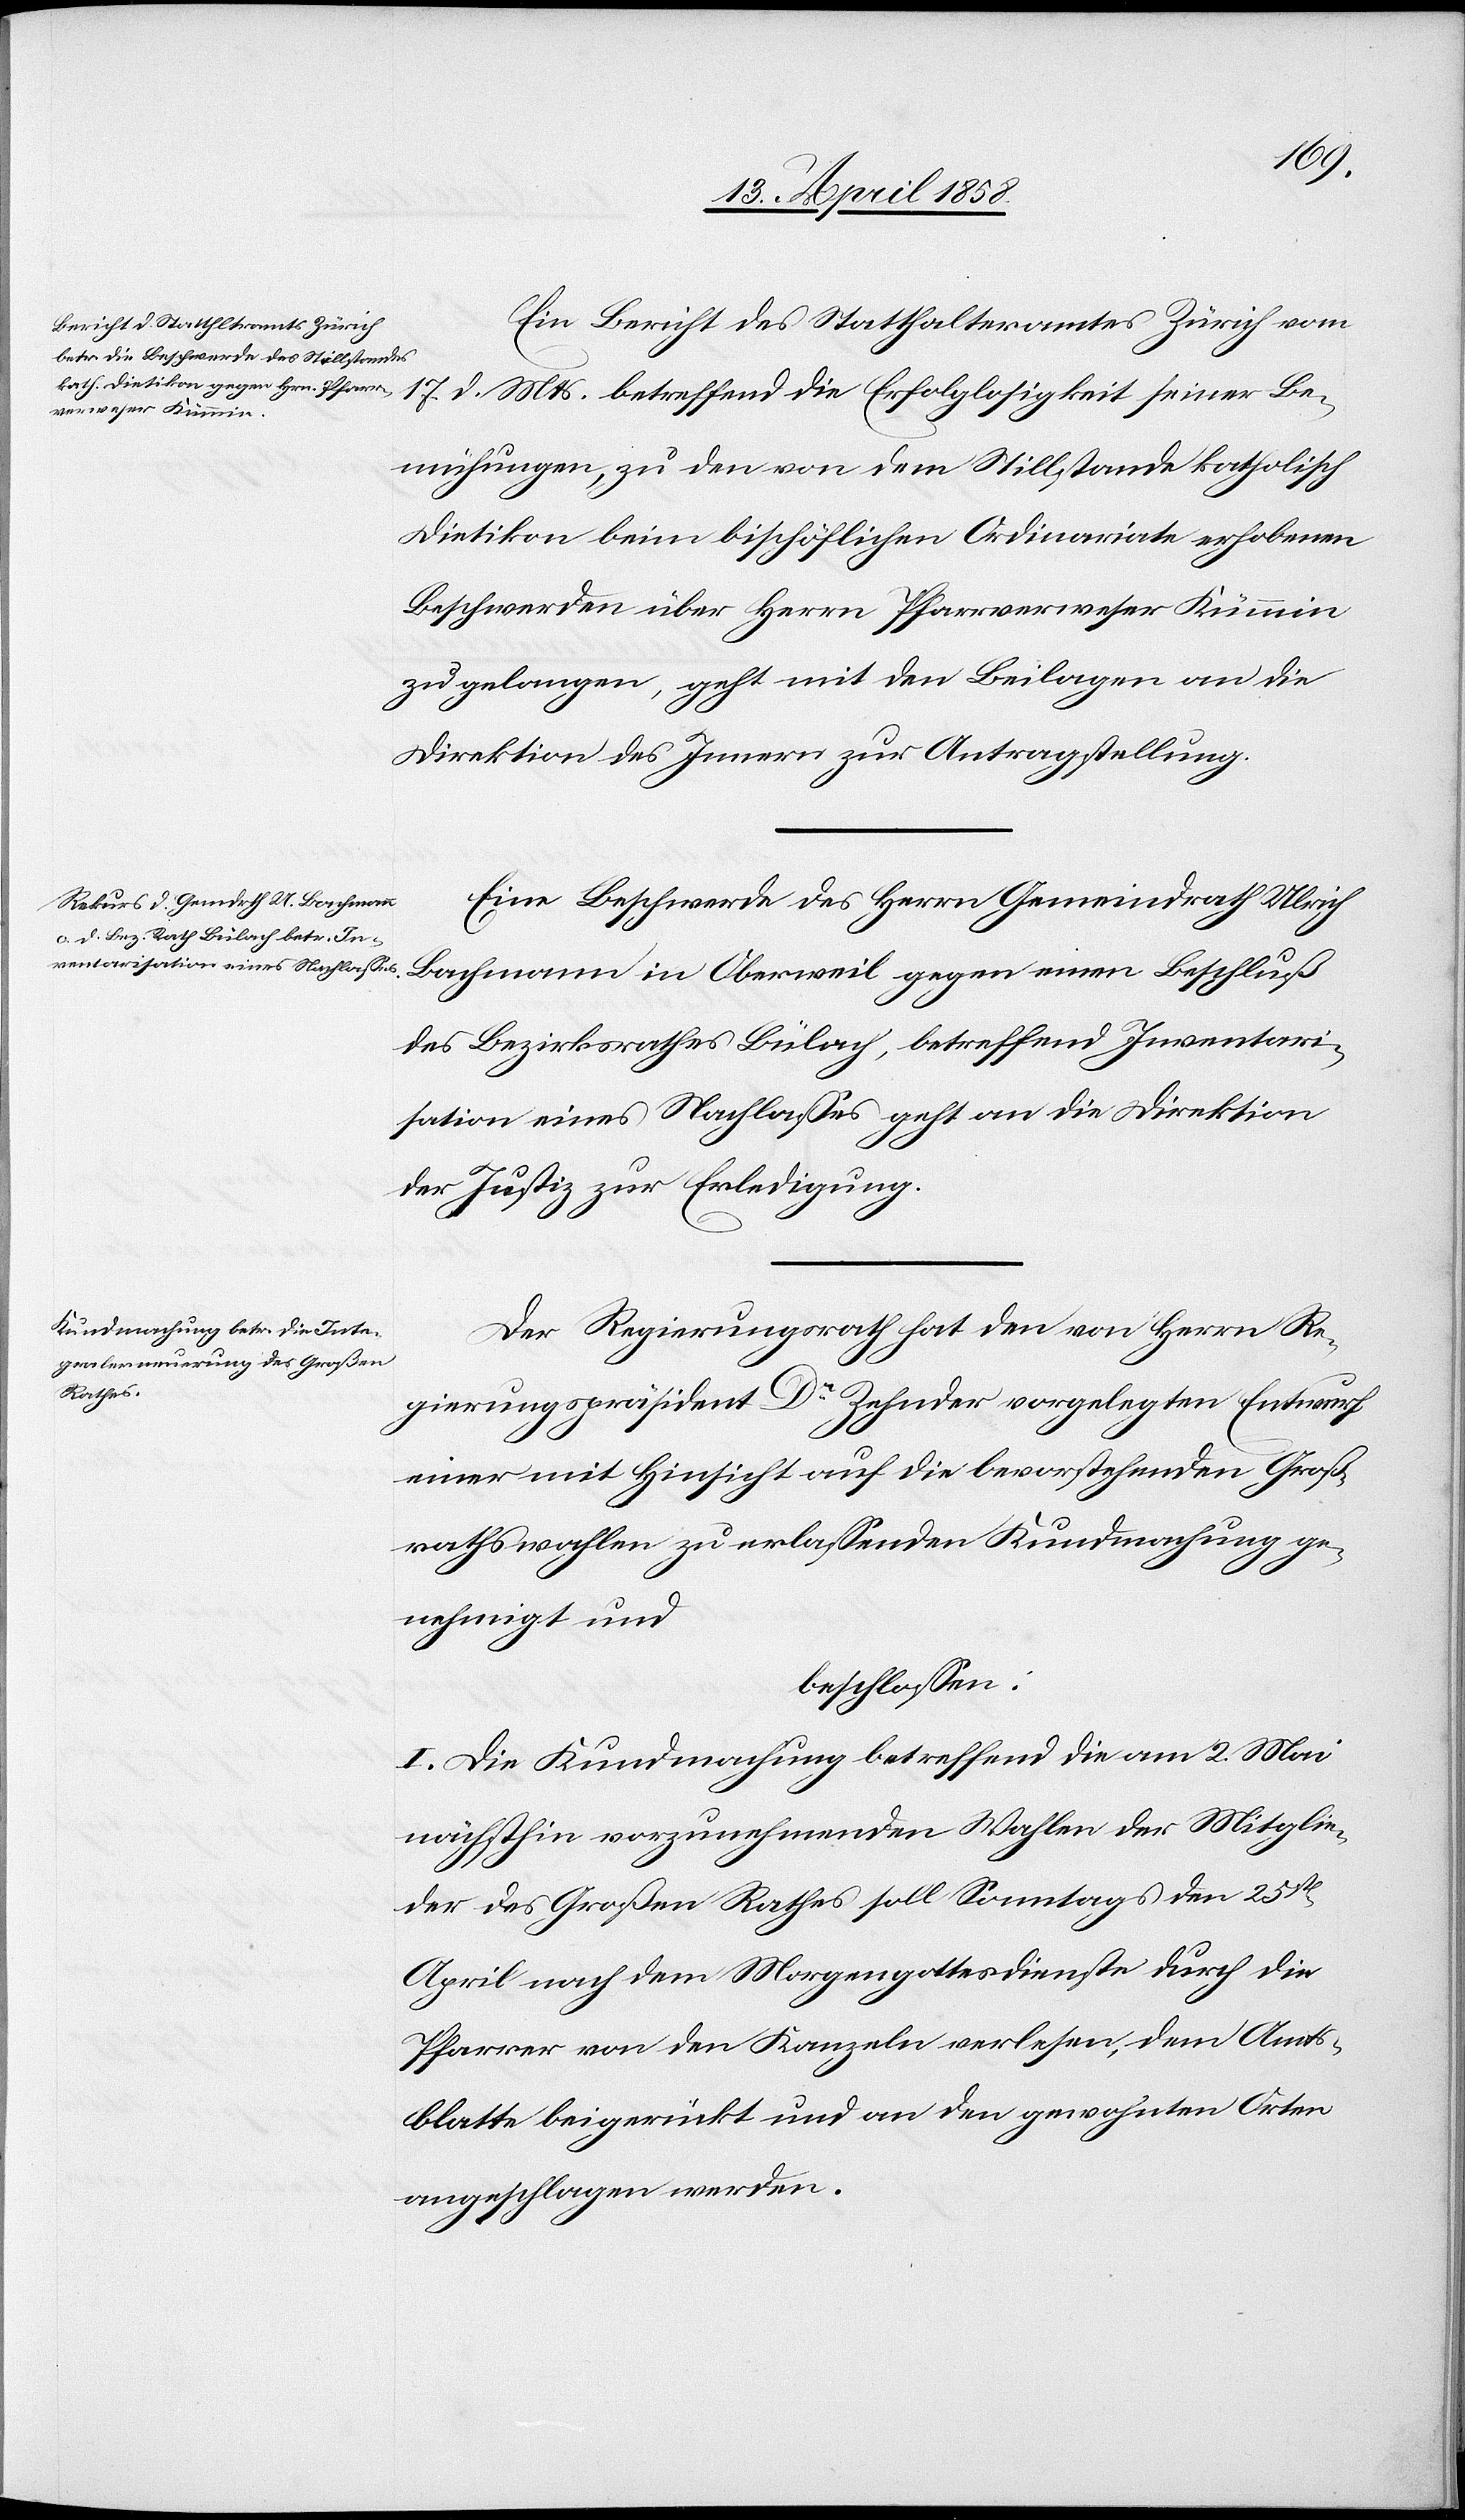
19. April 1858.]
Ein Bericht des Statthalteramtes Zürich vom
17. d. Mts. betreffend die Erfolglosigkeit seiner Be¬
mühungen, zu den von dem Stillstande katholisch
Dietikon beim bischöflichen Ordinariate erhobenen
Beschwerden über Herrn Pfarrverweser Kümmin
zu gelangen, geht mit den Beilagen an die
Direktion des Innern zur Antragstellung.
Eine Beschwerde des Herrn Gemeindrath Ulrich
Bachmann in Oberweil gegen einen Beschluß
des Bezirksrathes Bülach, betreffend Inventari¬
sation eines Nachlasses geht an die Direktion
der Justiz zur Erledigung.
Der Regierungsrath hat den von Herrn Re¬
gierungspräsident Dr Zehnder vorgelegten Entwurf
einer mit Hinsicht auf die bevorstehenden Groß¬
rathswahlen zu erlassenden Kundmachung ge¬
nehmigt und
beschlossen:
I. Die Kundmachung betreffend die am 2. Mai
nächsthin vorzunehmenden Wahlen der Mitglie¬
der des Großen Rathes soll Sonntags den 25st[en]
April nach dem Morgengottesdienste durch die
Pfarrer von den Kanzeln verlesen, dem Amts¬
blatte beigerückt und an den gewohnten Orten
angeschlagen werden.